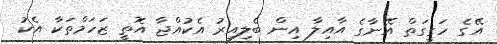
އޭގެ ހަގީގަތް އޭނާގެ އާއިލާ އިން ބެލިއިރު އެކުއްޖާ އޮތީ ޒަހަމްތަކާ އެކު